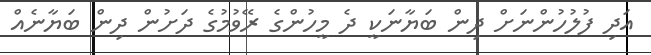
އަދި ފުލުހުންނަށް ދިން ބަޔާނަކީ ދެ މީހުންގެ ރޭވުމުގެ ދަށުން ދިން ބަޔާނެއް